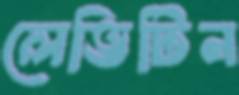
লেভিটিন